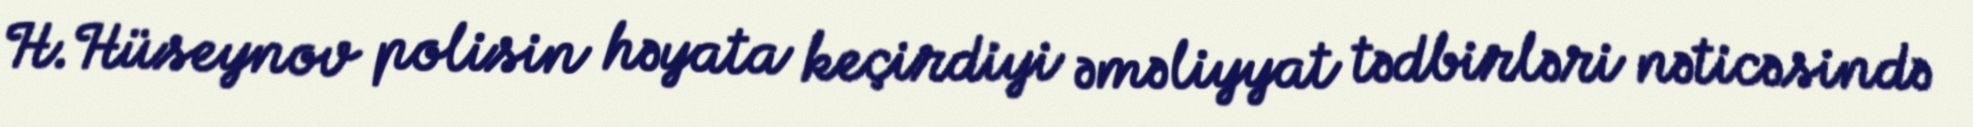
H.Hüseynov polisin həyata keçirdiyi əməliyyat tədbirləri nəticəsində